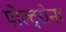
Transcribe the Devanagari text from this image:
पोल्ट्रोना